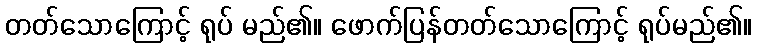
တတ်သောကြောင့် ရုပ် မည်၏။ ဖောက်ပြန်တတ်သောကြောင့် ရုပ်မည်၏။